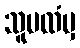
သူမထံမှ